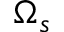
\Omega _ { s }